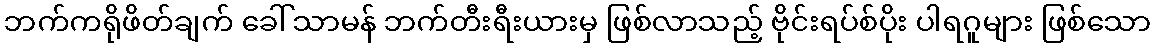
ဘက်ကရိုဖိတ်ချက် ခေါ် သာမန် ဘက်တီးရီးယားမှ ဖြစ်လာသည့် ဗိုင်းရပ်စ်ပိုး ပါရဂူများ ဖြစ်သော